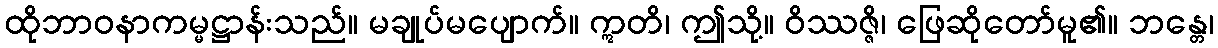
ထိုဘာဝနာကမ္မဋ္ဌာန်းသည်။ မချုပ်မပျောက်။ ဣတိ၊ ဤသို့။ ဝိဿဇ္ဇိ၊ ဖြေဆိုတော်မူ၏။ ဘန္တေ၊